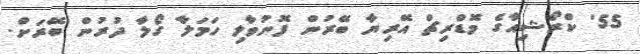
55' ކްރޯޝިއާގެ މޮޑްރިޗް އޭރިޔާ ބޭރުން ފޮނުވާލި ހަމަލާ ގޯލާ ދުރުން ބޭރަށް.